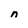
Character: n